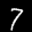
Label: 7